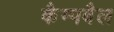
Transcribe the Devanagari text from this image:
कैम्पबैल